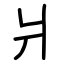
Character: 爿